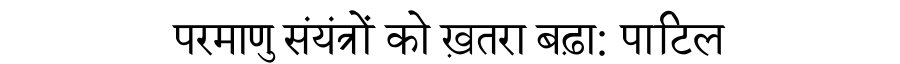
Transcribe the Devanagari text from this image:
परमाणु संयंत्रों को ख़तरा बढ़ा: पाटिल